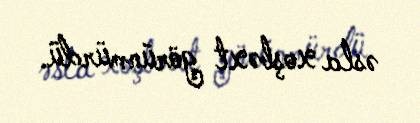
əsla xoşbəxt görünmürdü.